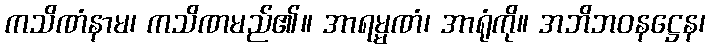
ကသိဏံနာမ၊ ကသိဏမည်၏။ အာရမ္မဏံ၊ အာရုံကို။ အဘိဘဝနဋ္ဌေန၊